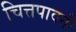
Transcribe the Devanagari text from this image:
चित्तपावनी